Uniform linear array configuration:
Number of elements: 8
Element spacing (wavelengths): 0.5
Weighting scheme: blackman
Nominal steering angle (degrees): -15
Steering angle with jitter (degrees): -13.491
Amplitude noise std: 0.05
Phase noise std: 0.05

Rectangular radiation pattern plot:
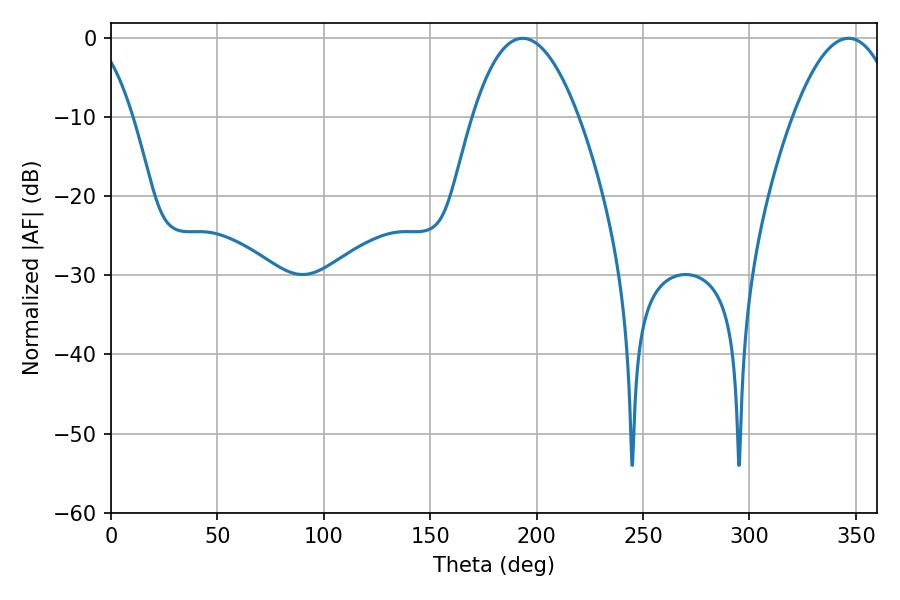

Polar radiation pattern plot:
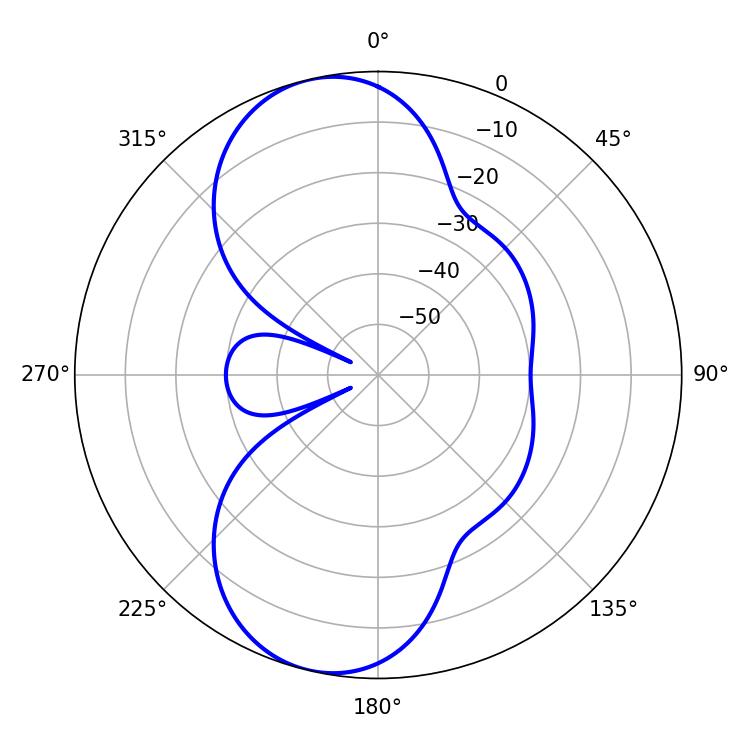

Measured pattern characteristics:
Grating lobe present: FALSE
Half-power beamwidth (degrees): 27.36
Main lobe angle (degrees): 193.5